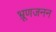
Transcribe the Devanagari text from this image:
भ्रूणजनन